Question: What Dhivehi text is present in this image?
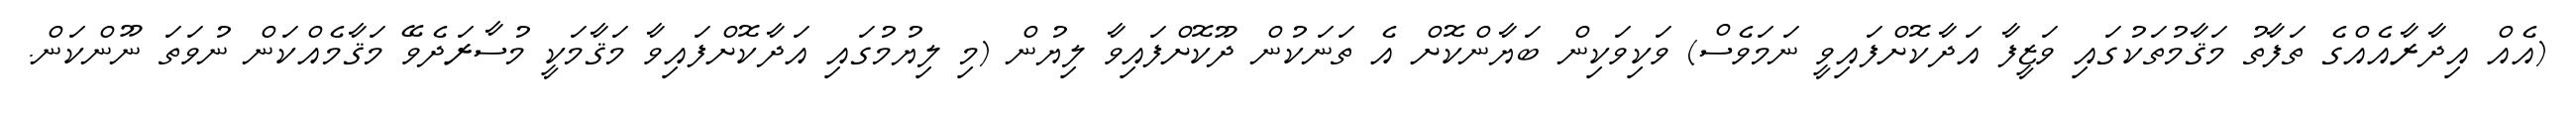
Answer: (އެއް އިދާރާއެއްގެ ތަފާތު މަޤާމުތަކުގައި ވަޒީފާ އަދާކޮށްފައިވީ ނަމަވެސް) ވަކިވަކިން ބަޔާންކޮށް އެ ތަނަކުން ދޫކޮށްފައިވާ ލިޔުން (މި ލިޔުމުގައި އަދާކޮށްފައިވާ މަޤާމަކީ މުސާރަދެވޭ މަޤާމެއްކަން ނުވަތަ ނޫންކަން.